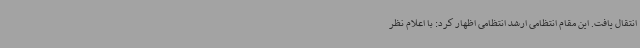
انتقال یافت. این مقام انتظامی ارشد انتظامی اظهار کرد: با اعلام نظر